Annual report on the working of the lock hospitals in the Central Provinces
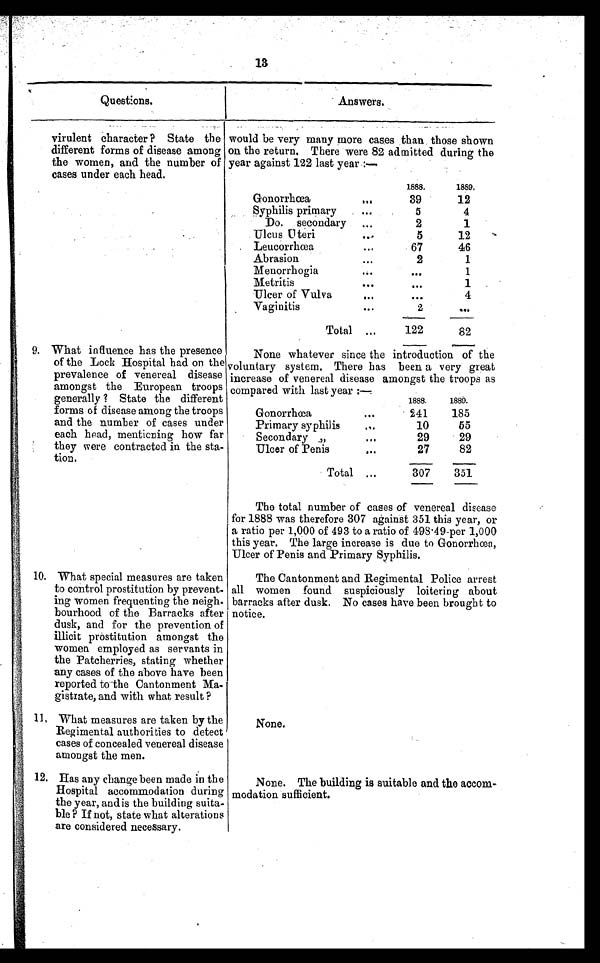
13
Questions.
Answers.
virulent character ? State the
different forms of disease among
the women, and the number of
cases under each head.
would be very many more cases than those shown
on the return. There were 82 admitted during the
year against 122 last year :—
1888.
1889.
Gonorrhœa
...
39
12
Syphilis primary
...
5
4
Do. secondary ...
2
1
Ulcus Uteri
. . .
5
12
Leucorrhœa
. . .
67
46
Abrasion
. . .
2
1
Menorrhogia
. . .
. . .
1
Metritis
...
. . .
. . .
Ulcer of Vulva
. . .
. . .
4
Vaginitis
. . .
2
...
Total ...
122
82
9. What influence has the presence
of the Lock Hospital had on the
prevalence of venereal disease
amongst the European troops
generally ? State the different
forms of disease among the troops
and the number of cases under
each head, mentioning how far
they were contracted in the sta-
tion.
None whatever since the introduction of the
voluntary system. There has been a very great
increase of venereal disease amongst the troops as
compared with last year :—
1888.
1889.
Gonorrhœa
. . .
241
185
Primary syphilis
...
10
55
Secondary „
...
29
29
Ulcer of Penis
. . .
27
82
Total . . .
307
351
The total number of cases of venereal disease
for 1888 was therefore 307 against 351 this year, or
a ratio per 1,000 of 493 to a ratio of 498.49-per 1,000
this year. The large increase is due to Gonorrhœa,
Ulcer of Penis and Primary Syphilis.
10. What special measures are taken
to control prostitution by prevent-
ing women frequenting the neigh-
bourhood of the Barracks after
dusk, and for the prevention of
illicit prostitution amongst the
women employed as servants in
the Patcherries, stating whether
any cases of the above have been
reported to the Cantonment Ma-
gistrate, and with what result ?
The Cantonment and Regimental Police arrest
all women found suspiciously loitering about
barracks after dusk. No cases have been brought to
notice.
11, What measures are taken by the
Regimental authorities to detect
cases of concealed venereal disease
amongst the men.
None.
12. Has any change been made in the
Hospital accommodation during
the year, and is the building suita-
ble ? If not, state what alterations
are considered necessary.
None. The building is suitable and the accom-
modation sufficient.